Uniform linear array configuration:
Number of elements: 12
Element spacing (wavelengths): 0.5
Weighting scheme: kaiser
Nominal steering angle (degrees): -60
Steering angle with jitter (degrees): -60.568
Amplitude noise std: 0.05
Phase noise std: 0.05

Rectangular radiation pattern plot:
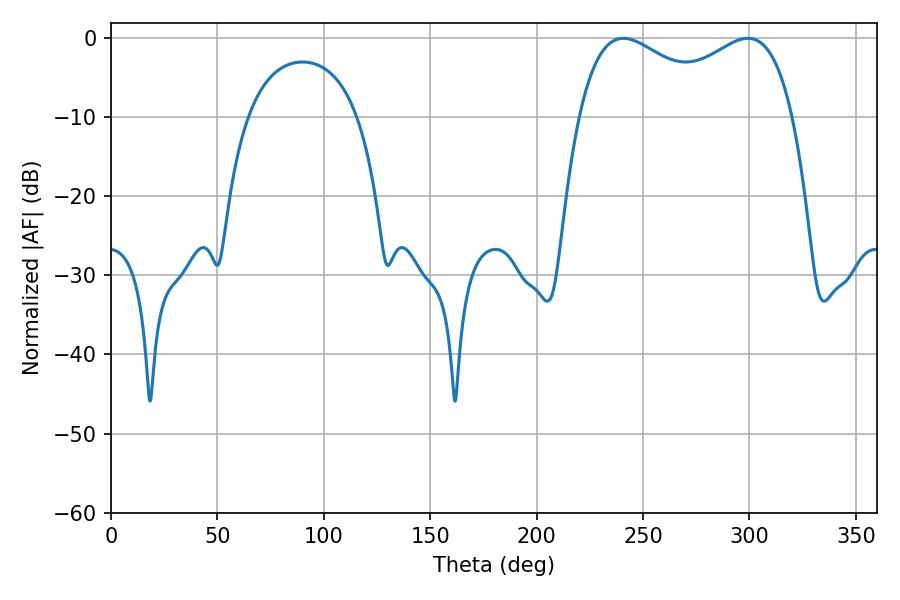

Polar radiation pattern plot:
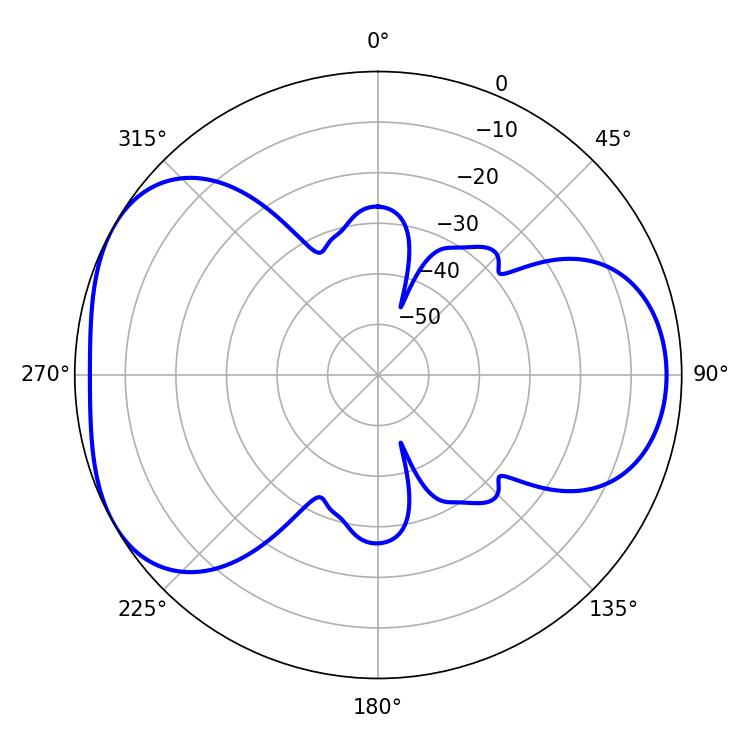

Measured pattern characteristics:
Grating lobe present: FALSE
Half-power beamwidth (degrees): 83.88
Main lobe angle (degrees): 240.66